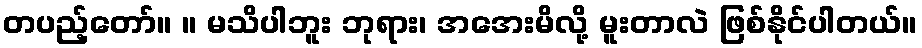
တပည့်တော်။ ။ မသိပါဘူး ဘုရား၊ အအေးမိလို့ မူးတာလဲ ဖြစ်နိုင်ပါတယ်။